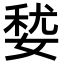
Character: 㛷